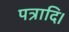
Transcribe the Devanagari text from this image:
पत्रादि।